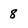
Character: 8